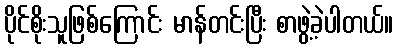
ပိုင်စိုးသူဖြစ်ကြောင်း မာန်တင်းပြီး စာဖွဲ့ခဲ့ပါတယ်။